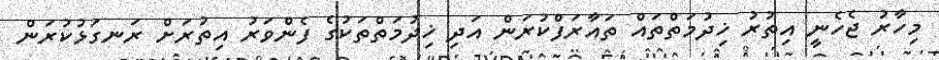
މިހާރު ޖެހެނީ އިތުރު ޚިދުމަތްތައް ތައާރަފްކުރަން އަދި ޚިދުމަތްތަކުގެ ފެންވަރު އިތުރަށް ރަނގަޅުކުރަން